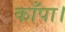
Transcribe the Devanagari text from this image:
काँपा।